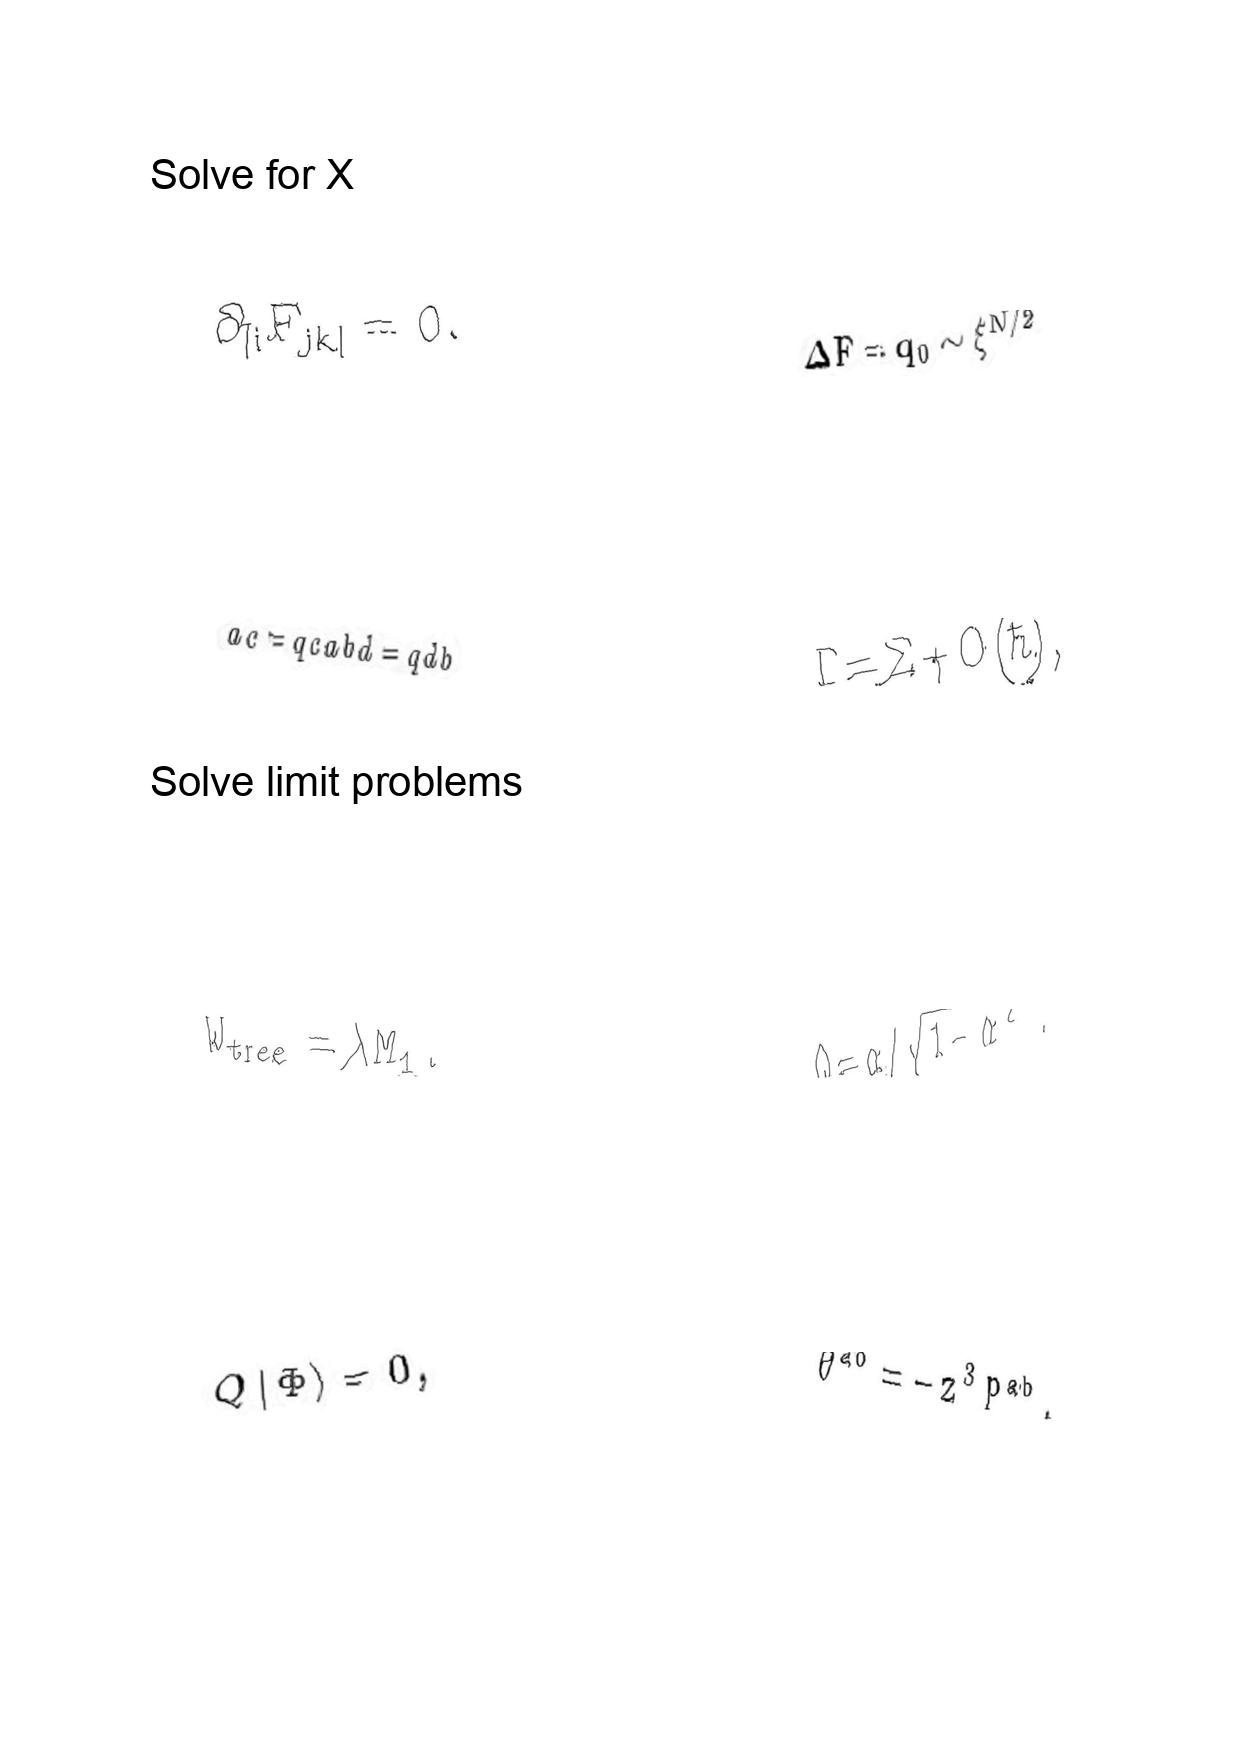
LaTeX transcription:
\partial _ { \lbrack i } F _ { j k \rbrack } = 0 .
a c = q c a b d = q d b
W _ { \mathrm { t r e e } } = \lambda M _ { 1 } .
Q \vert \Phi \rangle = 0 ,
\Delta F = q _ { 0 } \sim \xi ^ { N / 2 }
\Gamma = \Sigma + O \lparen \hbar \rparen ,
Q = \alpha / \sqrt { 1 - \alpha ^ { 2 } } .
\theta ^ { a b } = - z ^ { 3 } P ^ { a b } .